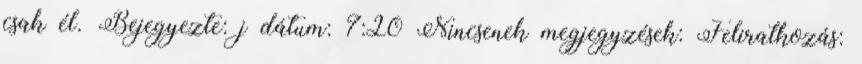
csak él. Bejegyezte: j dátum: 7:20 Nincsenek megjegyzések: Feliratkozás: